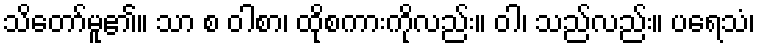
သိတော်မူ၏။ သာ စ ဝါစာ၊ ထိုစကားကိုလည်း။ ဝါ၊ သည်လည်း။ ပရေသံ၊